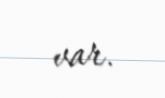
var.